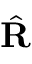
\hat { \mathbf { R } }